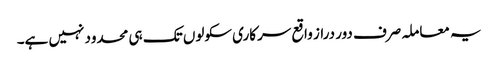
یہ معاملہ صرف دور دراز واقع سرکاری سکولوں تک ہی محدود نہیں ہے۔